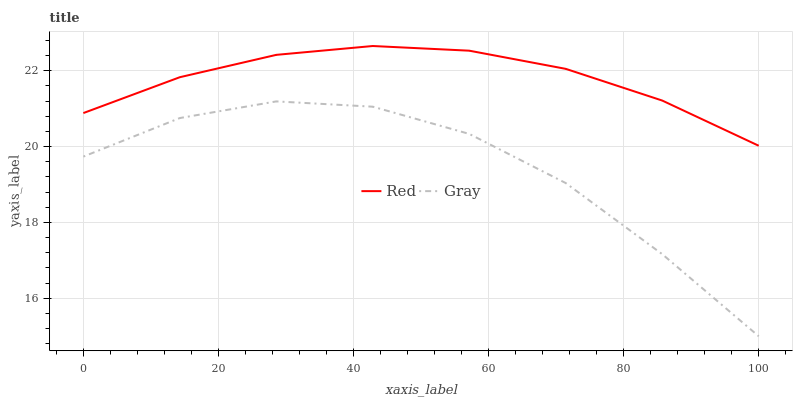
| xaxis_label | Red | Gray |
 | --- | --- | --- |
 | 0 | 20.9 | 19.7 |
 | 14.3 | 21.8 | 20.8 |
 | 28.6 | 22.4 | 21.2 |
 | 42.9 | 22.7 | 21.1 |
 | 57.1 | 22.5 | 20.3 |
 | 71.4 | 22.1 | 19 |
 | 85.7 | 21.2 | 17.2 |
 | 100 | 20 | 15 |